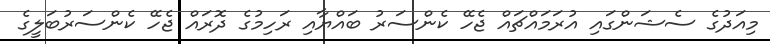
މިއަދުގެ ސެޝަންގައި އުރަމައްޗައް ޖެހޭ ކެންސަރު ބައްޔާއި ރަހިމުގެ ދޮރައް ޖެހޭ ކެންސަރުބަލީގެ